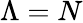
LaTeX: \Lambda=N